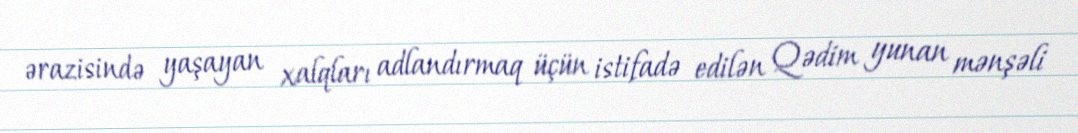
ərazisində yaşayan xalqları adlandırmaq üçün istifadə edilən Qədim yunan mənşəli